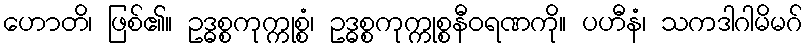
ဟောတိ၊ ဖြစ်၏။ ဥဒ္ဓစ္စကုက္ကုစ္စံ၊ ဥဒ္ဓစ္စကုက္ကုစ္စနီဝရဏကို။ ပဟီနံ၊ သကဒါဂါမိမဂ်